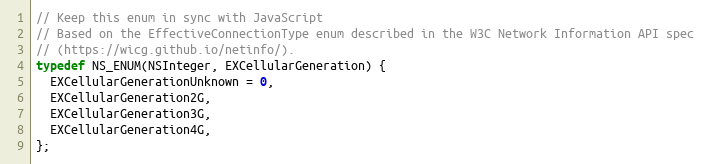
Language: C
// Keep this enum in sync with JavaScript
// Based on the EffectiveConnectionType enum described in the W3C Network Information API spec
// (https://wicg.github.io/netinfo/).
typedef NS_ENUM(NSInteger, EXCellularGeneration) {
  EXCellularGenerationUnknown = 0,
  EXCellularGeneration2G,
  EXCellularGeneration3G,
  EXCellularGeneration4G,
};